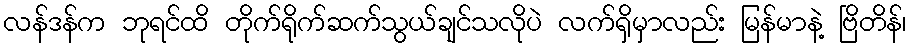
လန်ဒန်က ဘုရင်ထိ တိုက်ရိုက်ဆက်သွယ်ချင်သလိုပဲ လက်ရှိမှာလည်း မြန်မာနဲ့ ဗြိတိန်၊